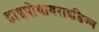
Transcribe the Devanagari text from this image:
हाइपोथायराइडिज्म